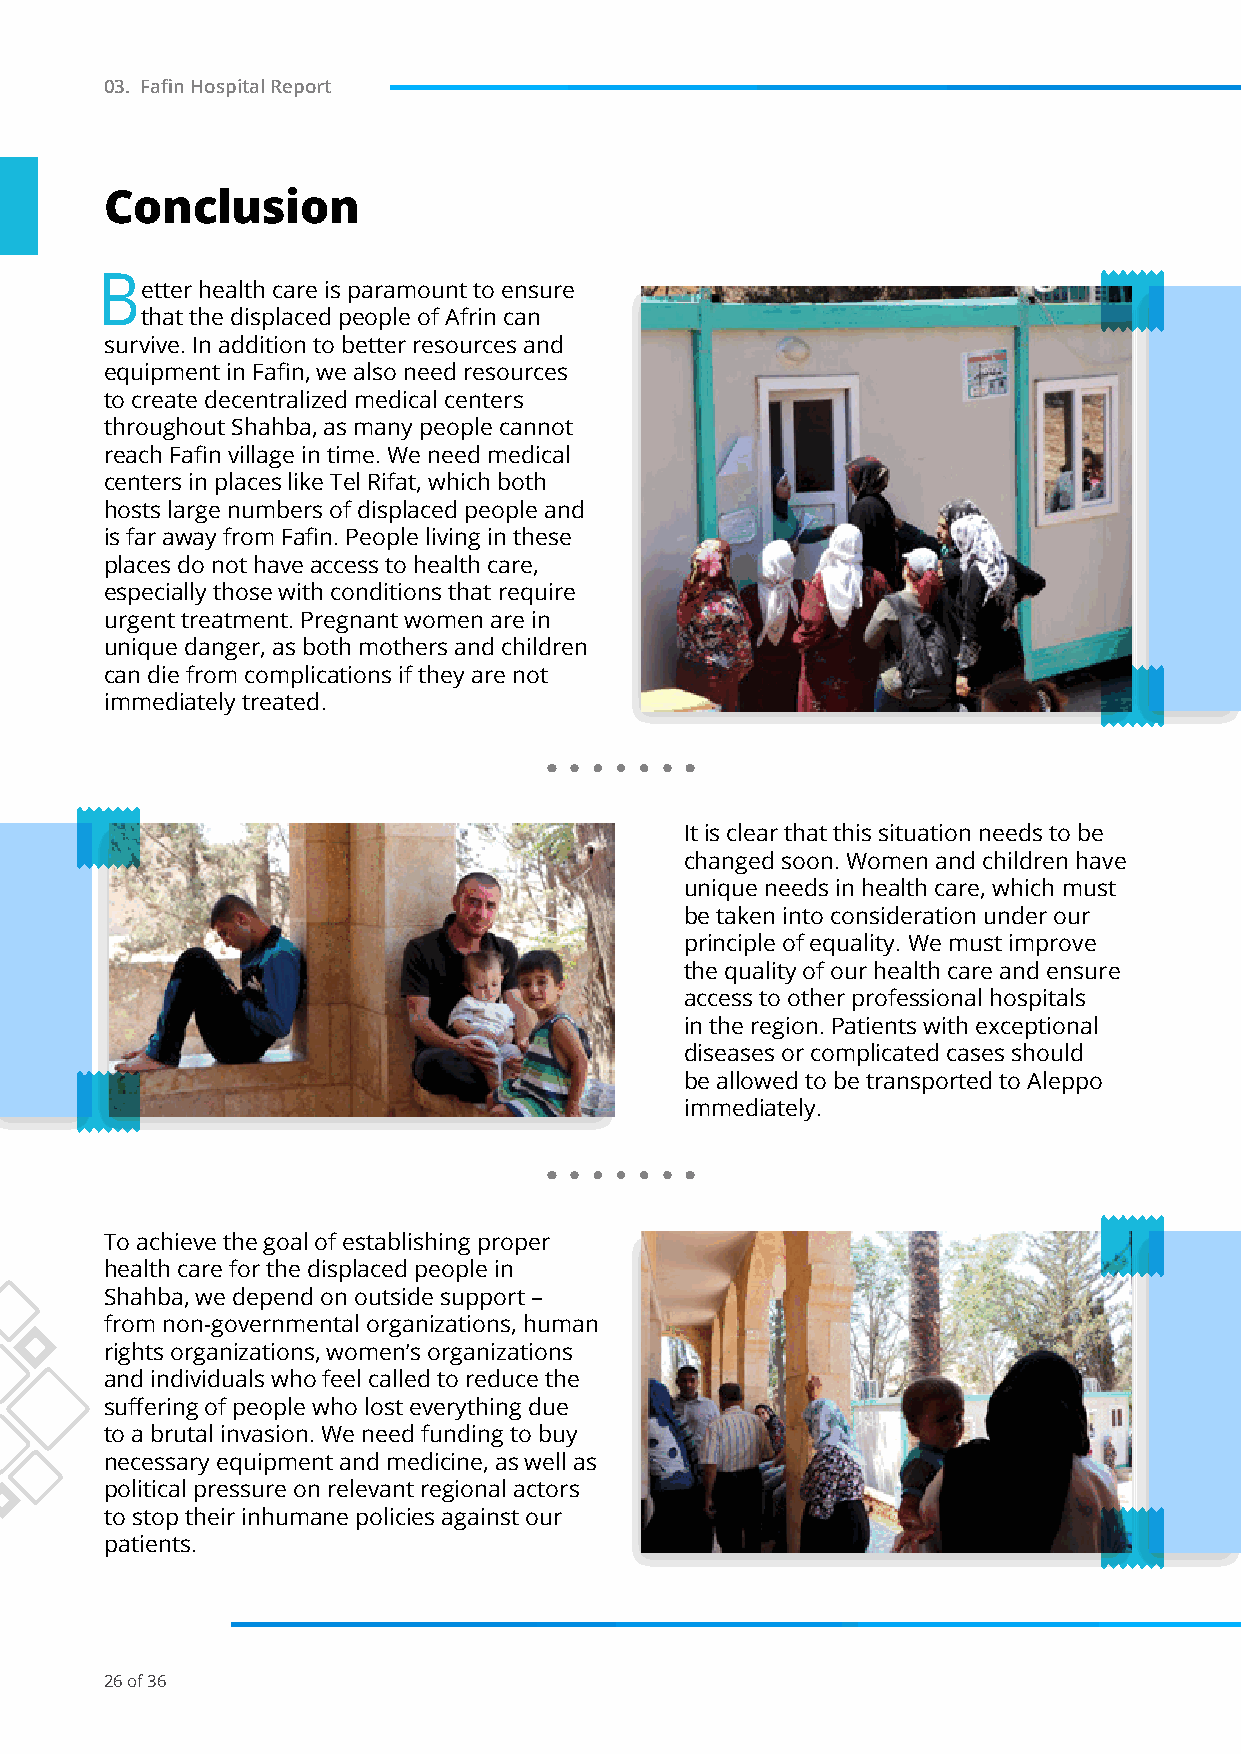
03. Fafin Hospital Report
 Conclusion
 B
 etter health care is paramount to ensure
 that the displaced people of Afrin can
 survive. In addition to better resources and
 equipment in Fafin, we also need resources
 to create decentralized medical centers
 throughout Shahba, as many people cannot
 reach Fafin village in time. We need medical
 centers in places like Tel Rifat, which both
 hosts large numbers of displaced people and
 is far away from Fafin. People living in these
 places do not have access to health care,
 especially those with conditions that require
 urgent treatment. Pregnant women are in
 unique danger, as both mothers and children
 can die from complications if they are not
 immediately treated.
 It is clear that this situation needs to be
 changed soon. Women and children have
 unique needs in health care, which must
 be taken into consideration under our
 principle of equality. We must improve
 the quality of our health care and ensure
 access to other professional hospitals
 in the region. Patients with exceptional
 diseases or complicated cases should
 be allowed to be transported to Aleppo
 immediately.
 To achieve the goal of establishing proper
 health care for the displaced people in
 Shahba, we depend on outside support –
 from non-governmental organizations, human
 rights organizations, women’s organizations
 and individuals who feel called to reduce the
 suffering of people who lost everything due
 to a brutal invasion. We need funding to buy
 necessary equipment and medicine, as well as
 political pressure on relevant regional actors
 to stop their inhumane policies against our
 patients.
 26 of 36